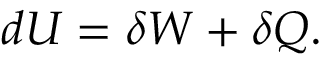
d U = \delta W + \delta Q .